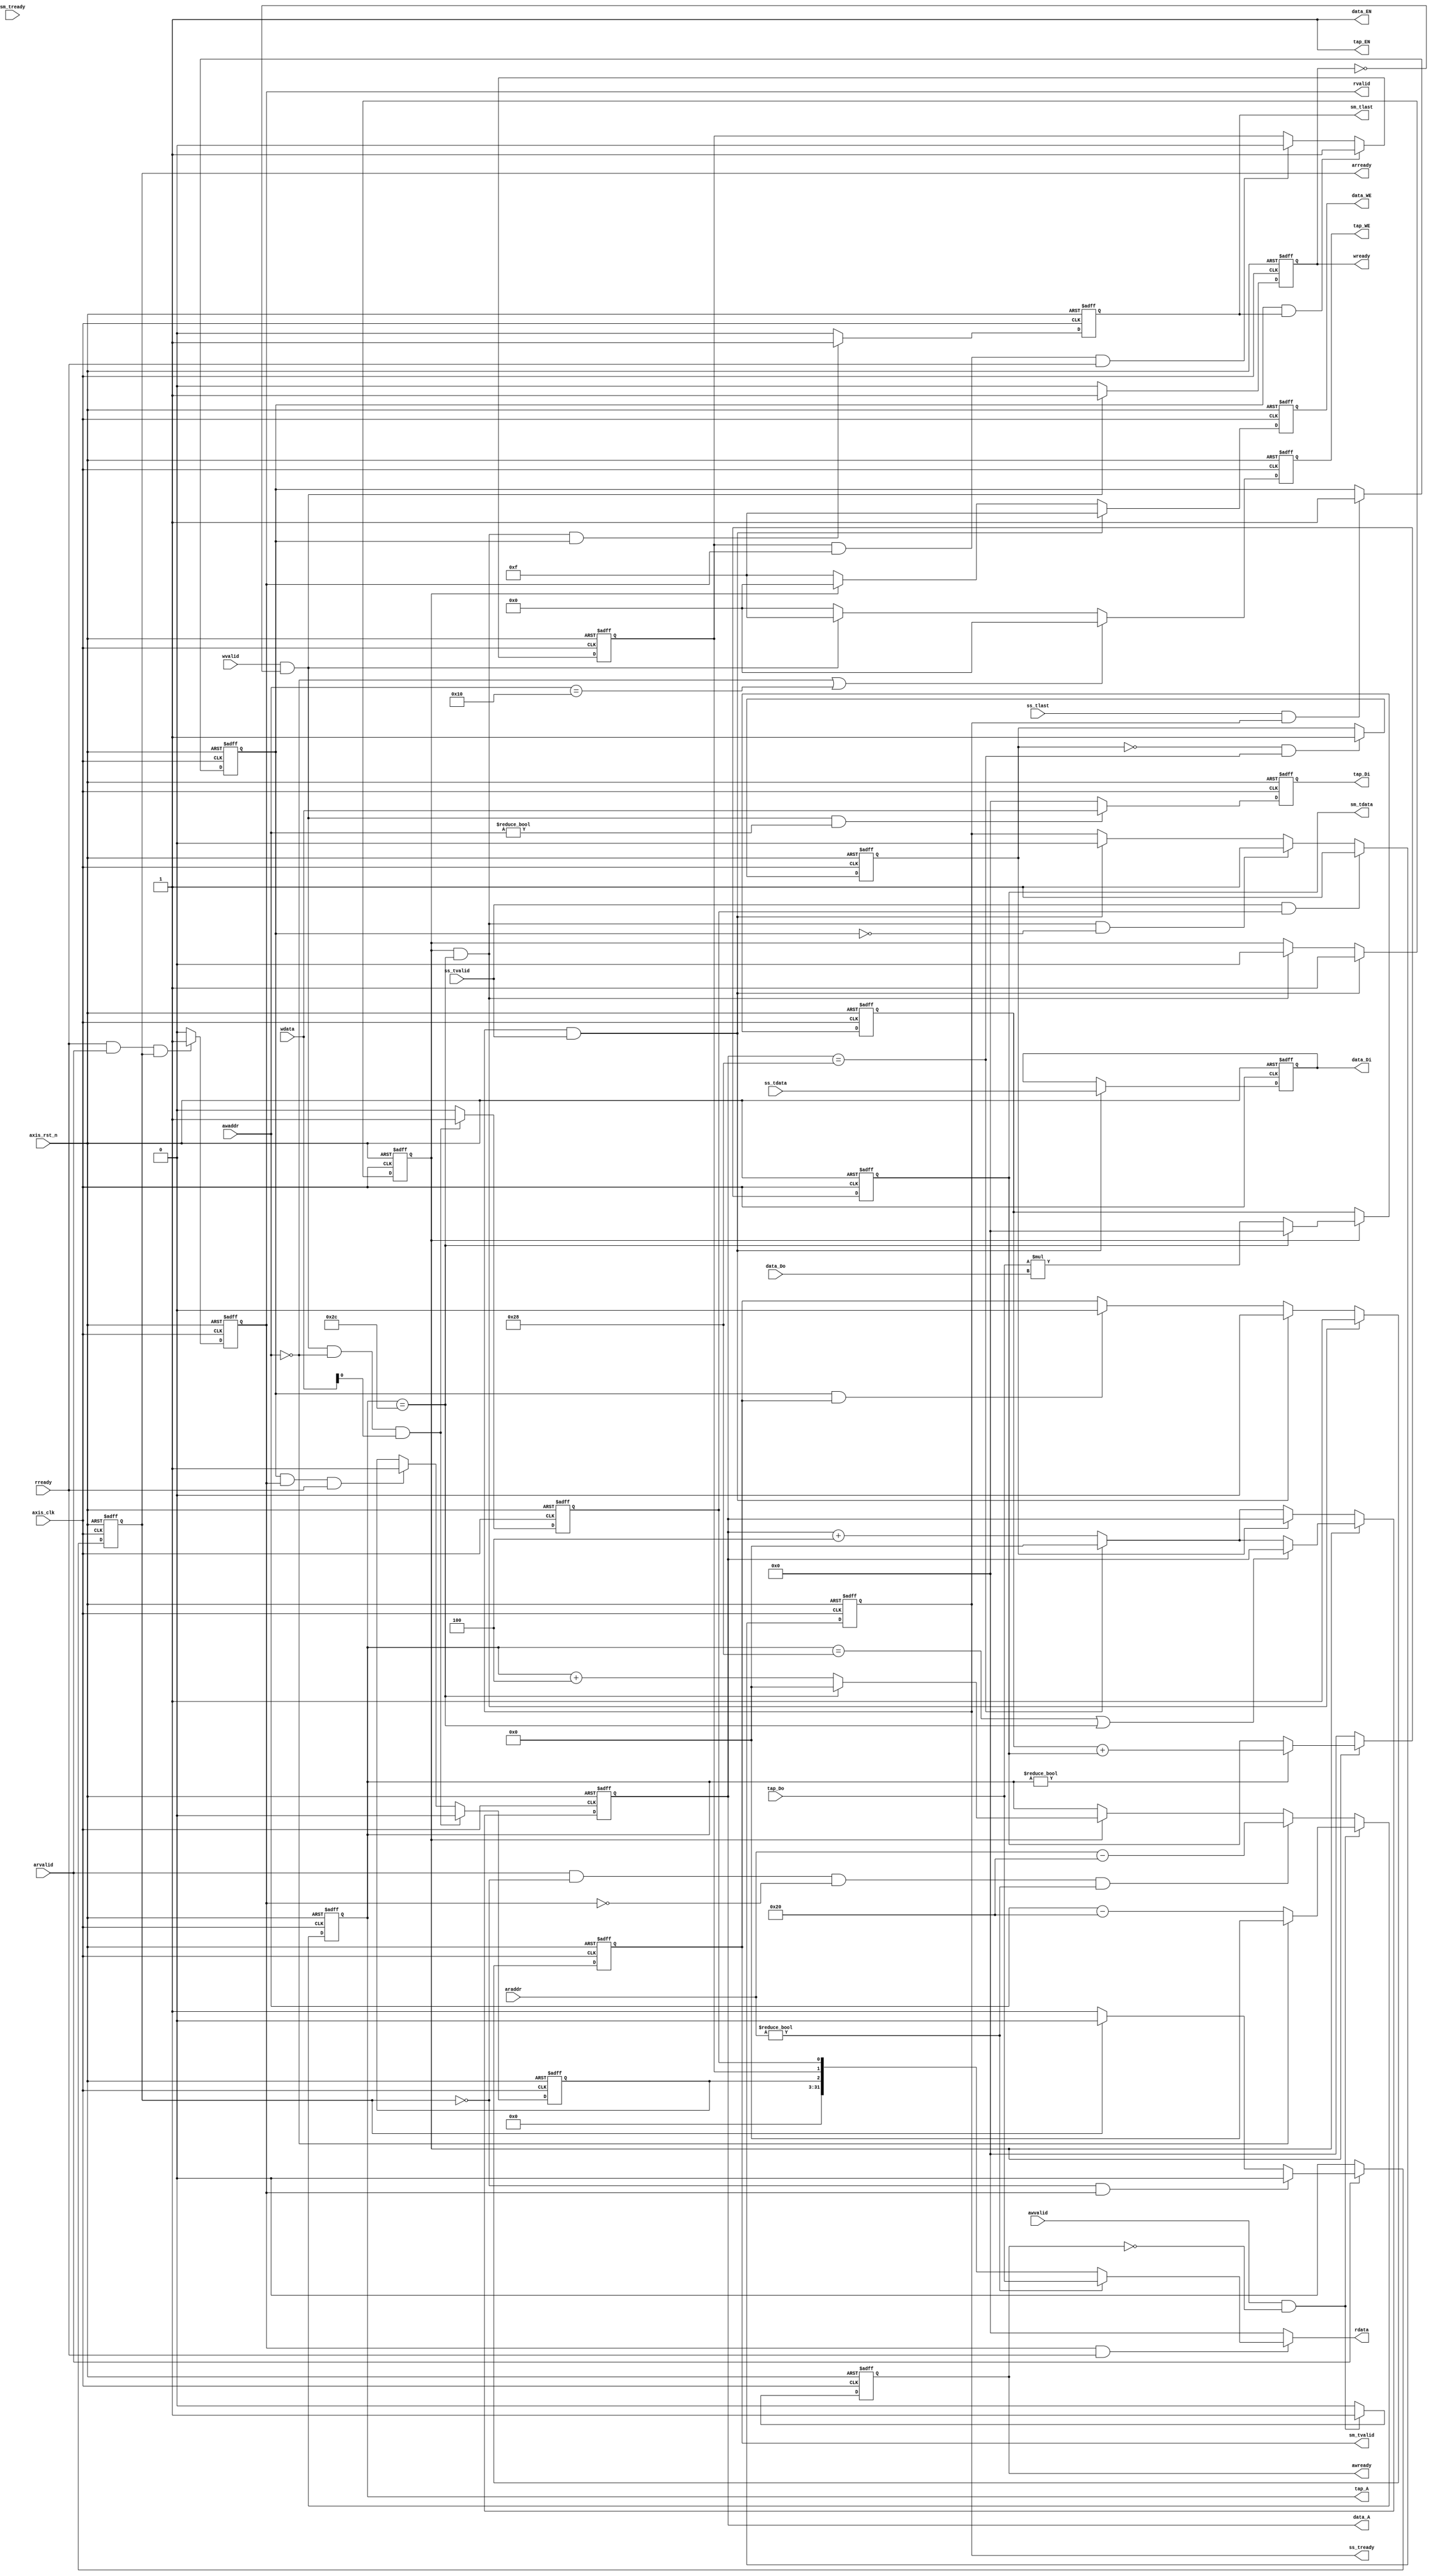
module fir 
#(  parameter pADDR_WIDTH = 12,
    parameter pDATA_WIDTH = 32,
    parameter Tape_Num    = 11
)
(
    //axilite interface==============================
    //write(input)--
    output  wire                     awready,
    output  wire                     wready,
    input   wire                     awvalid,
    input   wire [(pADDR_WIDTH-1):0] awaddr,
    input   wire                     wvalid,
    input   wire [(pDATA_WIDTH-1):0] wdata,

    //read(output)--
    output  wire                     arready,
    input   wire                     rready,
    input   wire                     arvalid,
    input   wire [(pADDR_WIDTH-1):0] araddr,
    output  wire                     rvalid,
    output  wire [(pDATA_WIDTH-1):0] rdata,    

    //axis
    //stream slave (input data)=========================
    input   wire                     ss_tvalid, 
    input   wire [(pDATA_WIDTH-1):0] ss_tdata, 
    input   wire                     ss_tlast, 
    output  wire                     ss_tready, 

    //stream master (output data)=======================
    input   wire                     sm_tready, 
    output  wire                     sm_tvalid, 
    output  wire [(pDATA_WIDTH-1):0] sm_tdata, 
    output  wire                     sm_tlast, 
    
    // bram for tap RAM
    output  wire [3:0]               tap_WE,
    output  wire                     tap_EN,
    output  wire [(pDATA_WIDTH-1):0] tap_Di,
    output  wire [(pADDR_WIDTH-1):0] tap_A,
    input   wire [(pDATA_WIDTH-1):0] tap_Do,

    // bram for data RAM
    output  wire [3:0]               data_WE,
    output  wire                     data_EN,
    output  wire [(pDATA_WIDTH-1):0] data_Di,
    output  wire [(pADDR_WIDTH-1):0] data_A,
    input   wire [(pDATA_WIDTH-1):0] data_Do,

    input   wire                     axis_clk,
    input   wire                     axis_rst_n
);

    //write
    reg                              awready_reg;
    reg                              wready_reg;

    //read       
    reg                              arready_reg;
    reg [(pDATA_WIDTH-1):0]          rdata_reg;
    reg                              rvalid_reg;
    //tap bram       
    reg [(pADDR_WIDTH-1):0]          tap_A_reg;
    reg [3:0]                        tap_WE_reg; 
    reg [(pDATA_WIDTH-1):0]          tap_Di_reg; //wrtie  into bram
    reg tap_EN_reg;
    // ap_ctrl       
    reg                              ap_start;
    reg                              ap_idle;
    reg                              ap_done;
    //data bram      
    reg [3:0]                        data_WE_reg;
    reg [(pADDR_WIDTH-1):0]          data_A_reg;
    reg [(pDATA_WIDTH-1):0]          data_Di_reg;
    reg data_EN_reg;

    reg                              ss_tready_reg;

    reg                              sm_tvalid_reg;
    reg                              sm_tlast_reg;
    reg [(pDATA_WIDTH-1):0]          acc_reg;

    reg [(pDATA_WIDTH-1):0]            fir_multi;

    reg                              data_bram;
    reg                              fir_cal; //fir calculate state
    reg                              last_flag;

    assign awready = awready_reg;
    assign wready  = wready_reg; 

    assign arready  = arready_reg;
    assign rvalid   = rvalid_reg;
    assign rdata    = rdata_reg;

    assign tap_EN   = 1'b1;
    assign tap_WE   = tap_WE_reg;
    assign tap_Di   = tap_Di_reg;
    assign tap_A    = tap_A_reg;

    assign data_WE  = data_WE_reg;
    assign data_EN  = 1'b1;
    assign data_A   = data_A_reg;
    assign data_Di  = data_Di_reg;


    assign ss_tready = ss_tready_reg;

    assign sm_tvalid = sm_tvalid_reg;
    assign sm_tlast  = sm_tlast_reg;
    assign sm_tdata  = acc_reg;



    //** Axi lite write **// 
    always @(posedge axis_clk, negedge axis_rst_n) begin
        if(~axis_rst_n)                      awready_reg <= 1'b0;
        else if(awvalid && ~awready_reg)     awready_reg <= 1'b1;
        else                                 awready_reg <= 1'b0;
    end

    always @(posedge axis_clk, negedge axis_rst_n) begin
        if(~axis_rst_n)                  wready_reg <= 1'b0;
        else if(wvalid && ~wready_reg)   wready_reg <= 1'b1;
        else                             wready_reg <= 1'b0;
    end

    always @(posedge axis_clk, negedge axis_rst_n) begin
        if(~axis_rst_n) tap_A_reg <= 12'h00;
        else if(awvalid && ~awready_reg) 
            if(awaddr == 12'h00) tap_A_reg <= 12'h00;
            else                tap_A_reg <= awaddr - 12'h20;
        else if(arvalid && ~arready_reg && ~rvalid_reg && araddr != 12'h00) 
            tap_A_reg <= araddr - 12'h20;
        else if(fir_cal)
            if(tap_A_reg == 12'h2c) tap_A_reg <= 12'h00;
            else                    tap_A_reg <= tap_A_reg + 12'h04;
    end

    always @(posedge axis_clk, negedge axis_rst_n) begin
        if(~axis_rst_n)                                     tap_Di_reg <= 0;
        else if(wvalid && ~wready_reg && awaddr != 12'h00)  tap_Di_reg <= wdata;
        else                                                tap_Di_reg <= 0;
    end

    always @(posedge axis_clk, negedge axis_rst_n) begin
        if (~axis_rst_n)                                    tap_WE_reg <= 4'b0; 
        else if ((awaddr == 12'h0) || (awaddr == 12'h10))   tap_WE_reg <= 4'b0; 
        else if (wvalid && ~wready_reg)                     tap_WE_reg <= 4'b1111;
        else                                                tap_WE_reg <= 4'b0;
    end


    //** Axi lite read **//
    always @(posedge axis_clk, negedge axis_rst_n) begin
        if(~axis_rst_n)                             arready_reg <= 1'b0;
        else if(arvalid) begin
            if(~arready_reg && rvalid_reg) arready_reg <= 1'b0;
            else if(arready_reg) arready_reg <= 1'b0;
            else if(~arready_reg) arready_reg <= 1'b1;
        end
        else arready_reg <= 1'b0;
    end 
    
    //rvalid 
    always @(posedge axis_clk, negedge axis_rst_n) begin
        if(~axis_rst_n)                                rvalid_reg <= 1'b0;
        else if(rready && arvalid && arready_reg)      rvalid_reg <= 1'b1;
        else if(rvalid_reg && rready)                  rvalid_reg <= 1'b0;
        else                                           rvalid_reg <= 1'b0;
    end

    //read data
    always @(*) begin
        if(rvalid_reg && rready)  begin
            if(araddr != 12'h00)    rdata_reg <= tap_Do;
            else                    rdata_reg <= {29'b0, ap_idle, ap_done, ap_start};
        end
        else                        rdata_reg <= 0;
    end

    //** ap config (can also store in bram) **// 
    always @(posedge axis_clk, negedge axis_rst_n) begin
        if(~axis_rst_n)                 ap_start <= 1'b0;
        else if(wvalid && ~wready_reg && awaddr == 12'h0 && wdata[0])  
                                        ap_start <= 1'b1;
        else if(ss_tvalid && ap_start)  ap_start <= 1'b0;
        else                            ap_start <= 1'b0;
    end

    always @(posedge axis_clk, negedge axis_rst_n) begin
        if(~axis_rst_n)                          ap_done <= 1'b0;
        else if(last_flag && sm_tlast_reg)       ap_done <= 1'b1;
        else if(ap_done && rvalid_reg && rready) ap_done <= 1'b0;
        else ap_done <= ap_done;    

    end

    always @(posedge axis_clk, negedge axis_rst_n) begin
        if(~axis_rst_n)                                 ap_idle <= 1'b1;
        else if(wvalid && ~wready_reg && awaddr == 12'h0 && wdata[0]) 
                                                        ap_idle <= 1'b0;
        else if(last_flag && rvalid_reg && rready)      ap_idle <= 1'b1;
    end

    //** fir engine **//
    //reset databram state
    always @(posedge axis_clk, negedge axis_rst_n) begin
        if (~axis_rst_n) data_bram <= 0;
        else if (~data_bram && data_A_reg == 12'h28) data_bram <= 1'b1; 
    end
    

    always @(posedge axis_clk, negedge axis_rst_n) begin
        if (~axis_rst_n)                    last_flag <= 1'b0;
        else if (ss_tlast && ss_tready_reg) last_flag <= 1'b1;  
    end

    always @(posedge axis_clk, negedge axis_rst_n) begin
        if(~axis_rst_n)                     data_WE_reg <= 4'b0000;
        else if(ss_tready_reg && ss_tvalid) data_WE_reg <= 4'b1111;
        else if(~fir_cal)                   data_WE_reg <= 4'b1111;
        else                                data_WE_reg <= 4'b0000;
    end

    always @(posedge axis_clk, negedge axis_rst_n) begin
        if(~axis_rst_n)                     data_Di_reg <= 0;
        else if(ss_tready_reg && ss_tvalid) data_Di_reg <= ss_tdata;
        // else                                data_Di_reg <= data_Di_reg;
    end

    always @(posedge axis_clk, negedge axis_rst_n) begin
        if(~axis_rst_n)                     ss_tready_reg <= 1'b0;
        else if (ss_tvalid && ap_start)     ss_tready_reg <= 1'b1;
        else if(fir_cal && tap_A_reg == 12'h2c && ~last_flag) ss_tready_reg <= 1'b1;
        else if(ss_tready_reg && ss_tvalid) ss_tready_reg <= 1'b0;
    end

    always @(posedge axis_clk, negedge axis_rst_n) begin
        if(~axis_rst_n)                             sm_tvalid_reg <= 1'b0;
        else if(fir_cal && tap_A_reg == 12'h2c)     sm_tvalid_reg <= 1'b1; 
        else if(ss_tready_reg && ss_tvalid)         sm_tvalid_reg <= 1'b0;
        else if(last_flag && sm_tvalid_reg)         sm_tvalid_reg <= 1'b0;
    end

    always @(posedge axis_clk, negedge axis_rst_n) begin
        if(~axis_rst_n) sm_tlast_reg <= 1'b0;
        else if(fir_cal && tap_A_reg == 12'h2c && last_flag)    sm_tlast_reg <= 1'b1; 
        else sm_tlast_reg <= 1'b0;
    end

    always @(posedge axis_clk, negedge axis_rst_n) begin
        if(~axis_rst_n) fir_multi <= 32'd0;
        else if(fir_cal) 
            if(tap_A_reg == 12'h2c) fir_multi <= 32'd0;
            else fir_multi <= tap_Do * data_Do;
    end

    always @(posedge axis_clk, negedge axis_rst_n) begin
        if(~axis_rst_n) acc_reg <= 32'd0;
        else if(fir_cal)
            if((tap_A_reg != 12'h00)) acc_reg <= fir_multi + acc_reg; // send data out
            else acc_reg <= acc_reg;
        else acc_reg <= 0;
    end

    always @(posedge axis_clk, negedge axis_rst_n) begin
        if(~axis_rst_n)                     data_A_reg <= 12'h00;
        else if(fir_cal) begin
            if(tap_A_reg == 12'h28 || tap_A_reg == 12'h2c) 
                data_A_reg <= data_A_reg;
            else data_A_reg <= (data_A_reg == 12'h28) ? 12'h00 : data_A_reg + 12'h04;
        end
        else if(~data_bram) //]databram0Aaddress : 00~28
            if(data_A_reg == 12'h28) data_A_reg <= 12'h00;
            else data_A_reg <= data_A_reg + 12'h04;
    end

    always @(posedge axis_clk, negedge axis_rst_n) begin
        if(~axis_rst_n)                                fir_cal <= 1'b0;
        else if(ss_tready_reg && ss_tvalid)            fir_cal <= 1'b1; 
        else if(fir_cal && tap_A_reg == 12'h2c)        fir_cal <= 1'b0;
    end

endmodule